Scottish Leaving Certificate Examination, 1959
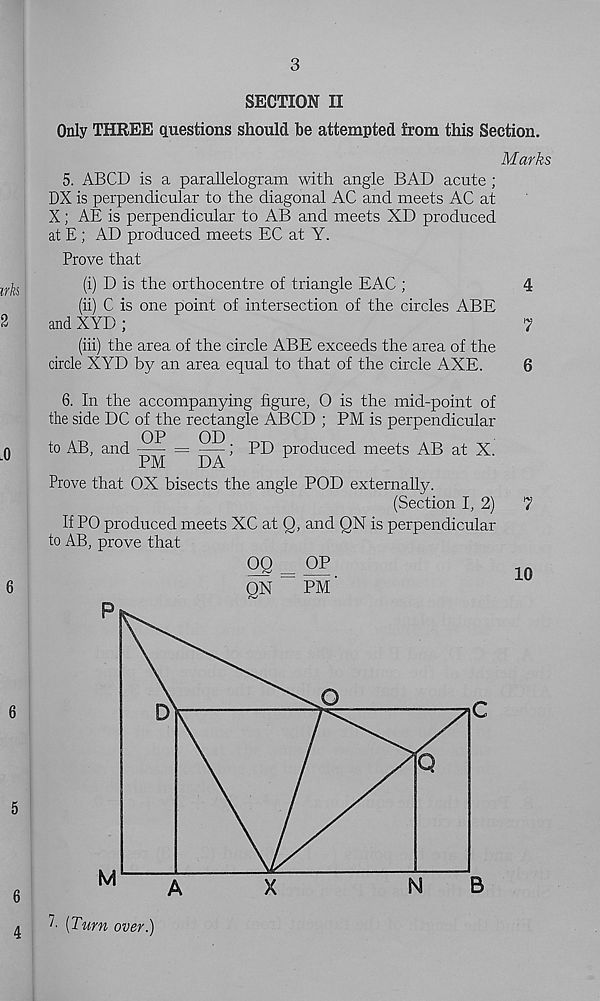
3
SECTION II
Only THREE questions should be attempted from this Section.
Marks
5. ABCD is a parallelogram with angle BAD acute ;
DX is perpendicular to the diagonal AC and meets AC at
X; AE is perpendicular to AB and meets XD produced
at E ; AD produced meets EC at Y.
Prove that
ir fa
(i) D is the orthocentre of triangle EAC ;
4
(ii) C is one point of intersection of the circles ABE
2
and XYD;
7
(iii) the area of the circle ABE exceeds the area of the
drcle XYD by an area equal to that of the circle AXE.
6
6. In the accompanying figure, 0 is the mid-point of
the side DC of the rectangle ABCD ; PM is perpendicular
a
to AB, and
; PD produced meets AB at X.
- u
PM
DA
Prove that OX bisects the angle POD externally.
(Section I, 2)
7
If PO produced meets XC at Q, and QN is perpendicular
to AB, prove that
2S = op
10
6
QN
PM
[Turn over.)